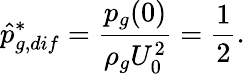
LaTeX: \hat{p}_{g,dif}^{*}=\frac{p_{g}(0)}{\rho_{g}U_{0}^{2}}=\frac{1}{2}.